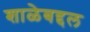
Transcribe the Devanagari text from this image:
शाळेबद्दल